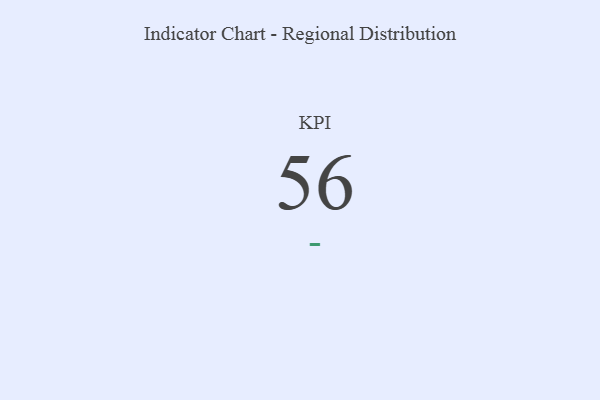
{"axis": {"x": "KPI", "y": "Value"}, "legend": [""], "data": [{"x": "KPI", "y": 56, "type": ""}]}